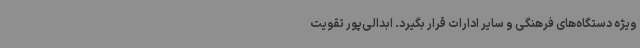
ویژه دستگاه‌های فرهنگی و سایر ادارات قرار بگیرد. ابدالی‌پور تقویت